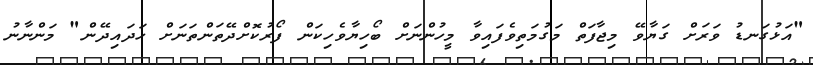
"އަޅުގަނޑު ވަރަށް ގަޔާވޭ މިޖާފަތް މަގުމަތިވެފައިވާ މީހުންނަށް ބޯހިޔާވެހިކަން ފޯރުކޮށްދޭތަންތަނަށް ހަދައިދޭން" މަންނާނު